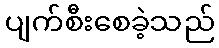
ပျက်စီးစေခဲ့သည်